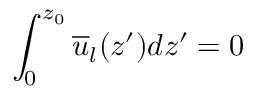
\int _ { 0 } ^ { z _ { 0 } } \overline { { u } } _ { l } ( z ^ { \prime } ) d z ^ { \prime } = 0